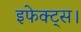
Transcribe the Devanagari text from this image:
इफेक्ट्स।